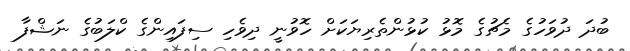
ބުދަ ދުވަހުގެ މެޗުގެ މޮޅު ކުޅުންތެރިޔަކަށް ހޮވުނީ ދިވެހި ސިފައިންގެ ކްލަބުގެ ނަޝްފާ